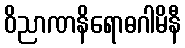
ဝိညာဏနိရောဓဂါမိနီ